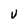
Character: u